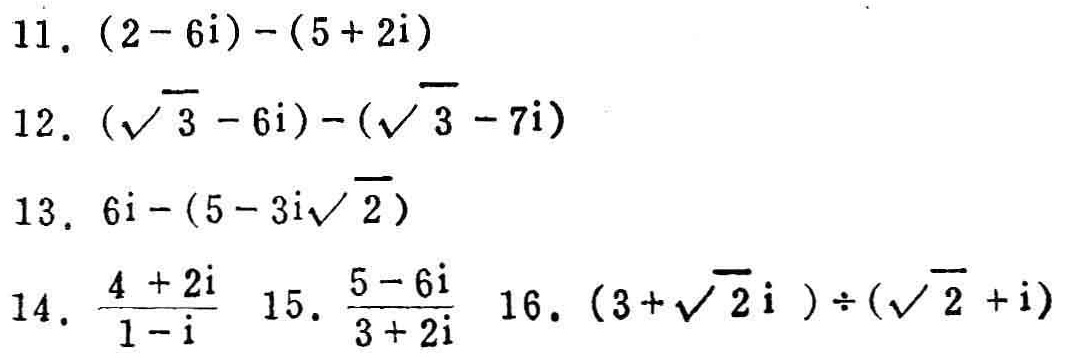
11. \((2 - 6i)-(5 + 2i)\)
12. \((\sqrt{3}-6i)-(\sqrt{3}-7i)\)
13. \(6i-(5 - 3i\sqrt{2})\)
14. \(\frac{4 + 2i}{1 - i}\) 15. \(\frac{5 - 6i}{3+2i}\) 16. \((3+\sqrt{2}i)\div(\sqrt{2}+i)\)